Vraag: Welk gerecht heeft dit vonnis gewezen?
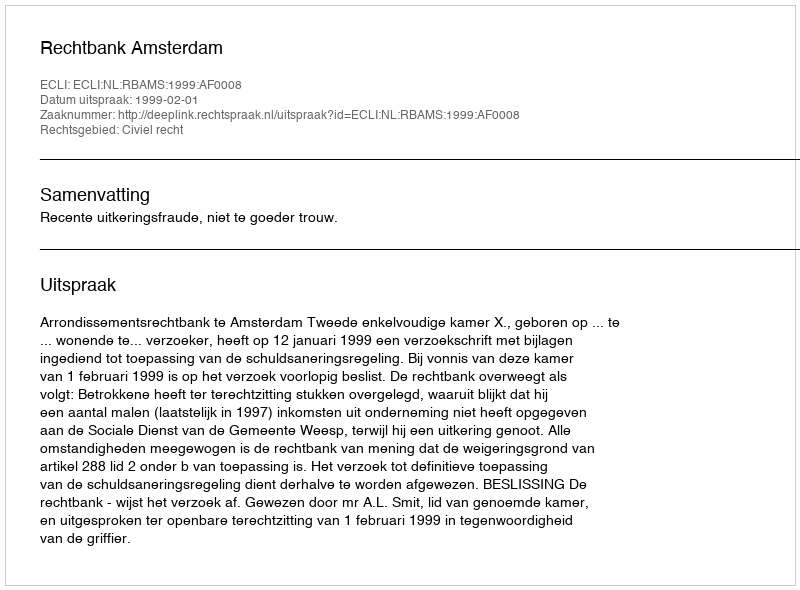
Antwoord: Rechtbank Amsterdam